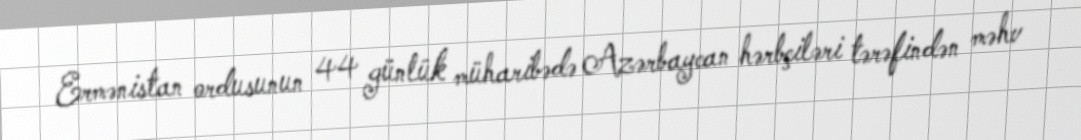
Ermənistan ordusunun 44 günlük müharibədə Azərbaycan hərbçiləri tərəfindən məhv